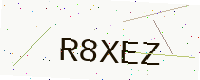
Text: R8XEZ